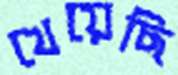
খেয়েছি